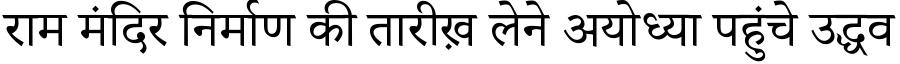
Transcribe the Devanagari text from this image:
राम मंदिर निर्माण की तारीख़ लेने अयोध्या पहुंचे उद्धव